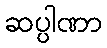
ဆပ္ပါဏာ